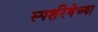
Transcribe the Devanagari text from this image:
स्पर्शरेषेच्या